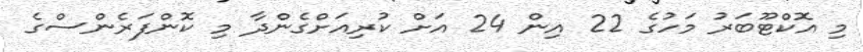
މި އޮކްޓޫބަރު މަހުގެ 22 އިން 24 އަށް ކުރިއަށްގެންދާ މި ކޮންފަރެންސްގެ